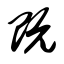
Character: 既